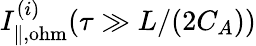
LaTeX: I_{\| ,\mathrm{ohm}}^{(i)}(\tau\gg L/(2C_{A}))